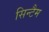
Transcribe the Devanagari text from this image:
सिन्टैम